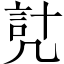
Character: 𧦕